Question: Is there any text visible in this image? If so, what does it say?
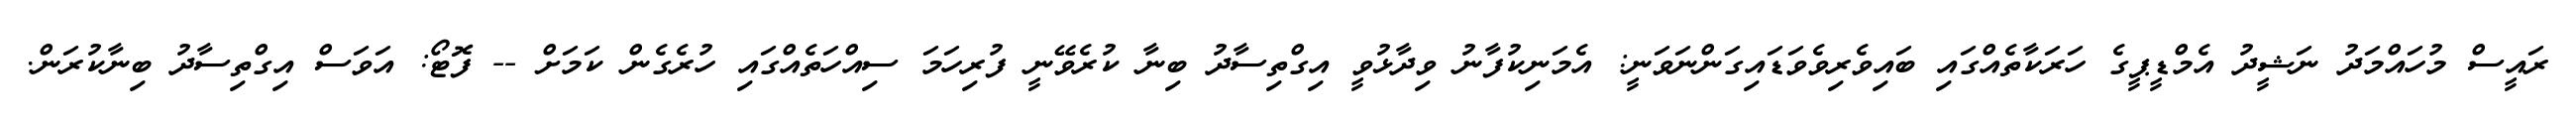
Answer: ރައީސް މުހައްމަދު ނަޝީދު އެމްޑީޕީގެ ހަރަކާތެއްގައި ބައިވެރިވެވަޑައިގަންނަވަނީ: އެމަނިކުފާނު ވިދާޅުވީ އިގްތިސާދު ބިނާ ކުރެވޭނީ ފުރިހަމަ ސިއްހަތެއްގައި ހުރެގެން ކަމަށް -- ފޮޓޯ: އަވަސް އިގްތިސާދު ބިނާކުރަން.